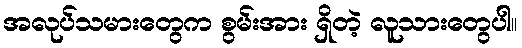
အလုပ်သမားတွေက စွမ်းအား ရှိတဲ့ လူသားတွေပါ။